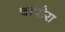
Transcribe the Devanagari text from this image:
चापोरा